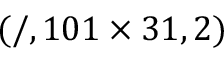
( / , 1 0 1 \times 3 1 , 2 )